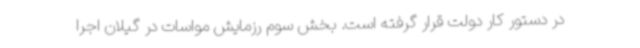
در دستور کار دولت قرار گرفته است. بخش سوم رزمایش مواسات در گیلان اجرا